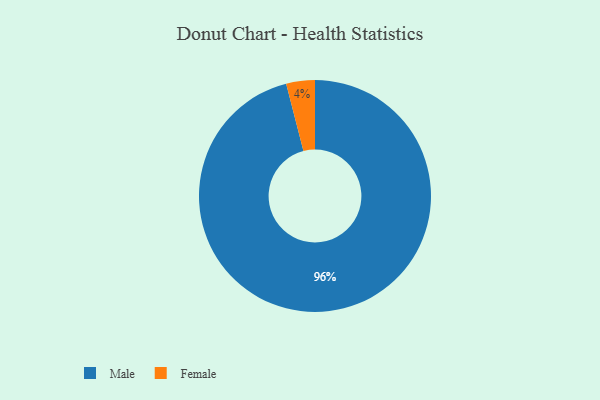
{"axis": {"x": "Category", "y": "Percentage"}, "legend": ["Female", "Male"], "data": [{"x": "Female", "y": 4, "type": "Female"}, {"x": "Male", "y": 96, "type": "Male"}]}